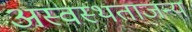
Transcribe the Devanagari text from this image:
अस्वस्थताजन्य